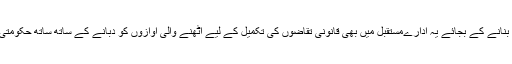
بدقسمتی سے اپنے اقدامات و افعال کی درستی اورقانون کی حکمرانی کو یقینی بنانے کے بجائے یہ ادارےمستقبل میں بھی قانونی تقاضوں کی تکمیل کے لیے اٹھنے والی آوازوں کو دبانے کے ساتھ ساتھ حکومتی رٹ قائم کرنےمیں حاصل کی گئی کامیابیوں کو فخریہ پیش کرتے رہیں گے